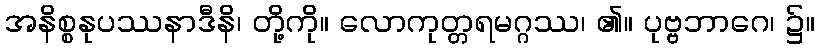
အနိစ္စနုပဿနာဒီနိ၊ တို့ကို။ လောကုတ္တရမဂ္ဂဿ၊ ၏။ ပုဗ္ဗဘာဂေ၊ ၌။